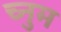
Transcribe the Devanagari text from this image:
च्नुम